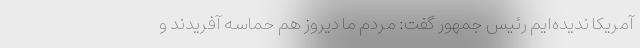
آمریکا ندیده‌ایم رئیس جمهور گفت: مردم ما دیروز هم حماسه آفریدند و